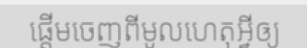
ផ្តើមចេញពីមូលហេតុអ្វីឲ្យ